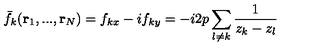
\bar { f } _ { k } ( { \bf r } _ { 1 } , . . . , { \bf r } _ { N } ) = f _ { k x } - i f _ { k y } = - i 2 p \sum _ { l \neq k } \frac { 1 } { z _ { k } - z _ { l } }